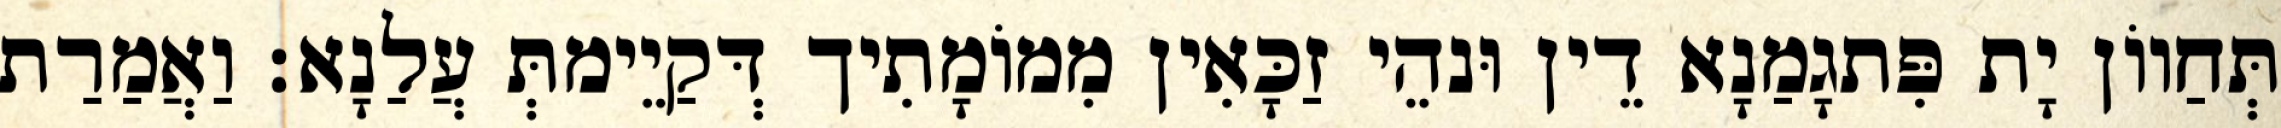
תְּחַווֹן יָת פִּתגָמַנָא דֵין וּנהֵי זַכָּאִין מִמוֹמָתִיך דְּקַיֵימתְּ עֲלַנָא׃ וַאֲמַרַת